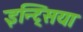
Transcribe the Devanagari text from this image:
इन्ट्सिया